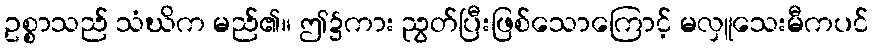
ဥစ္စာသည် သံဃိက မည်၏။ ဤ၌ကား ညွတ်ပြီးဖြစ်သောကြောင့် မလှူသေးမီကပင်